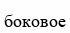
боковое